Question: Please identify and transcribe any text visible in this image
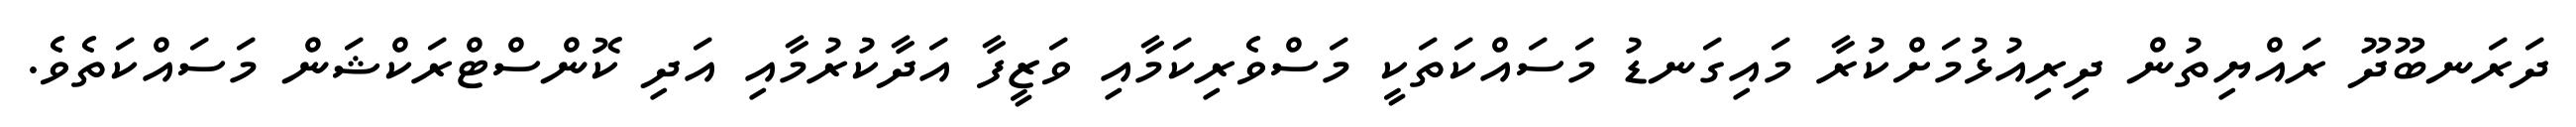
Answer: ދަރަނބޫދޫ ރައްޔިތުން ދިރިއުޅުމަށްކުރާ މައިގަނޑު މަސައްކަތަކީ މަސްވެރިކަމާއި ވަޒީފާ އަދާކުރުމާއި އަދި ކޮންސްޓްރަކްޝަން މަސައްކަތެވެ.